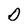
Character: D